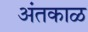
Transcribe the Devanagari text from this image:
अंतकाळ